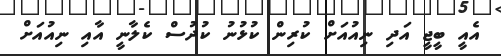
އެއީ ބީޖީ އަދި ނިއުއަށް ކުރިން ކުޅުނު ކުދުސް ކެލާނީ އާއި ނިއުއަށް